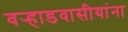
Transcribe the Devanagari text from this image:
वर्‍हाडवासीयांना